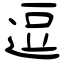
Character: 逗